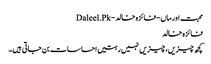
محبت اور ماں - فائزہ خالد - Daleel.Pk
فائزہ خالد
کچھ چیزیں، چیزیں نہیں رہتیں احساسات بن جاتی ہیں۔